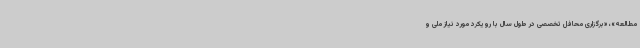
مطالعه»، «برگزاری محافل تخصصی در طول سال با رویکرد مورد نیاز ملی و